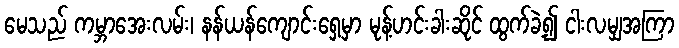
မေသည် ကမ္ဘာအေးလမ်း၊ နန်ယန်ကျောင်းရှေ့မှာ မုန့်ဟင်းခါးဆိုင် ထွက်ခဲ့၍ ငါးလမျှအကြာ